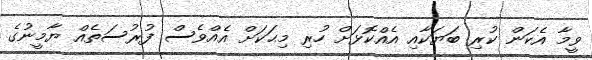
ވީމާ އެކަން ކުރި ބަޔަކާއި އެއްކޮޅަށް ހުރި މިޙަކަށް އެއްވެސް ފުރުސަތެއް ޔާމީނުގެ